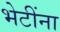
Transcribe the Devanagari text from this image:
भेटींना